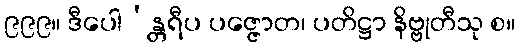
၉၉၉။ ဒီပေါ’န္တရီပ ပဇ္ဇောတ၊ ပတိဋ္ဌာ နိဗ္ဗုတီသု စ။